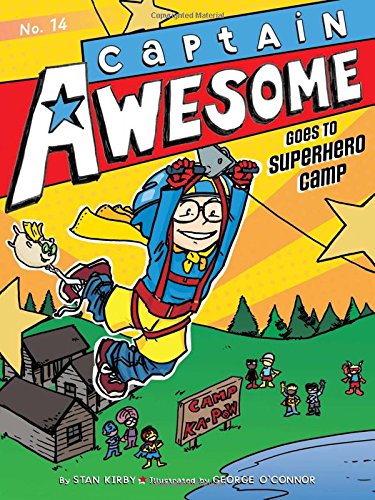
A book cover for Captain Awesome Goes to Superhero Camp; Stan Kirby; Children's Books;